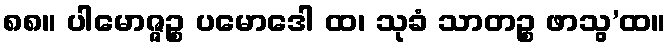
၈၈။ ပါမောဇ္ဇဉ္စ ပမောဒေါ ထ၊ သုခံ သာတဉ္စ ဖာသွ’ထ။